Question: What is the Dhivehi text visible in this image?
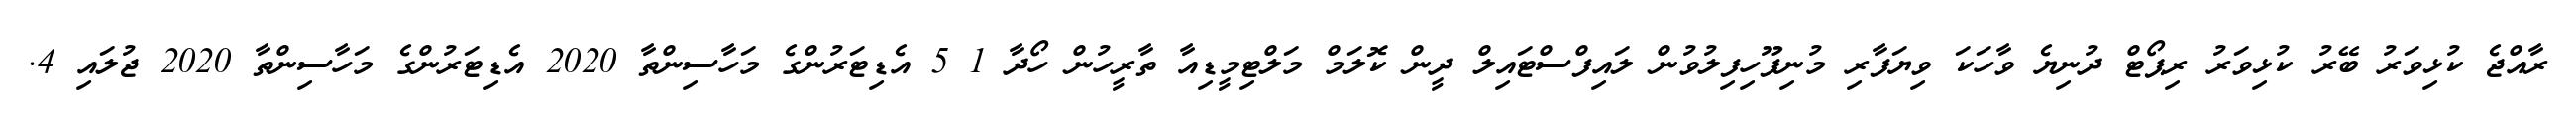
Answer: ރާއްޖެ ކުޅިވަރު ބޭރު ކުޅިވަރު ރިޕޯޓް ދުނިޔެ ވާހަކަ ވިޔަފާރި މުނިފޫހިފިލުވުން ލައިފްސްޓައިލް ދީން ކޮލަމް މަލްޓިމީޑިއާ ތާރީހުން ހޯދާ 1 5 އެޑިޓަރުންގެ މަހާސިންތާ 2020 އެޑިޓަރުންގެ މަހާސިންތާ 2020 ޖުލައި 4.